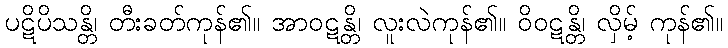
ပဋိပိသန္တိ၊ တီးခတ်ကုန်၏။ အာဝဋန္တိ၊ လူးလဲကုန်၏။ ဝိဝဋန္တိ၊ လှိမ့် ကုန်၏။